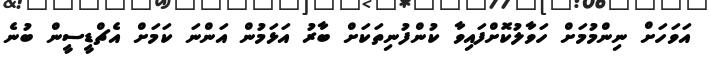
އަވަހަށް ނިންމުމަށް ހަވާލުކޮށްފައިވާ ކުންފުނިތަކަށް ބާރު އަޅަމުން އަންނަ ކަމަށް އެޗްޑީސީން ބުނެ